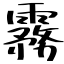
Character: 霧